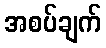
အစပ်ချက်